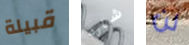
قبيلة شارد لن